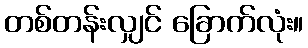
တစ်တန်းလျှင် ခြောက်လုံး။